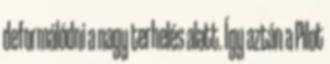
deformálódni a nagy terhelés alatt. Így aztán a Pilot